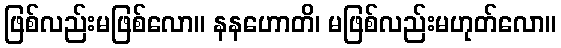
ဖြစ်လည်းမဖြစ်လော။ နနဟောတိ၊ မဖြစ်လည်းမဟုတ်လော။